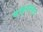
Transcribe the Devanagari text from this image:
कन्फूशसवाद